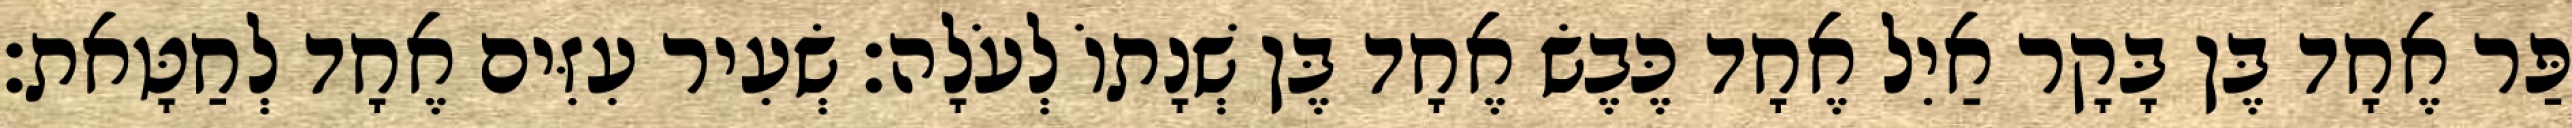
פַּר אֶחָד בֶּן בָּקָר אַיִל אֶחָד כֶּבֶשׂ אֶחָד בֶּן שְׁנָתוֹ לְעֹלָה׃ שְׂעִיר עִזִּים אֶחָד לְחַטָּאת׃